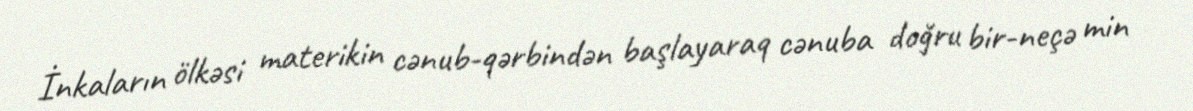
İnkaların ölkəsi materikin cənub-qərbindən başlayaraq cənuba doğru bir-neçə min